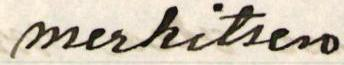
merkitsen